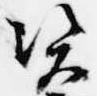
資